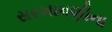
સરખામણીના